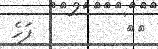
٨٣         ފަހެ